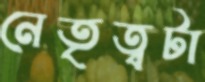
নেতৃত্বটা